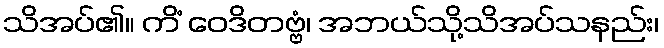
သိအပ်၏။ ကိံ ဝေဒိတဗ္ဗံ၊ အဘယ်သို့သိအပ်သနည်း၊